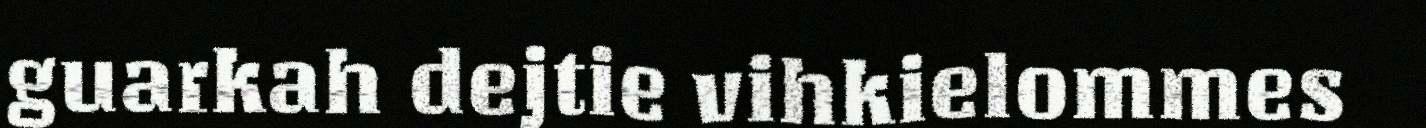
guarkah dejtie vihkielommes